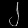
Digit: ၂